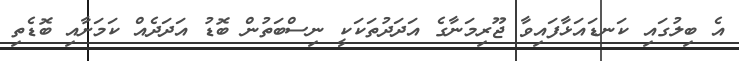
އެ ބިލުގައި ކަނޑައަޅާފައިވާ ޖޫރިމަނާގެ އަދަދުތަކަކީ ނިސްބަތުން ބޮޑު އަދަދެއް ކަމަށާއި ބޮޑެތި